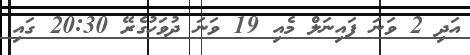
އަދި 2 ވަނަ ފައިނަލް މެއި 19 ވަނަ ދުވަހުގެރޭ 20:30 ގައި